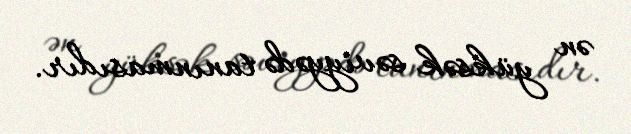
ən yüksək səviyyədə tanınmasıdır.